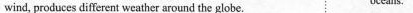
wind, produces different weather around the globe. oceans.